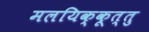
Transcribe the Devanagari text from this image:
मलयिक्कूत्तु